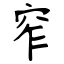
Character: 窄